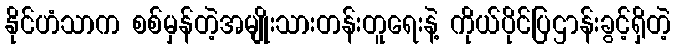
နိုင်ဟံသာက စစ်မှန်တဲ့အမျိုးသားတန်းတူရေးနဲ့ ကိုယ်ပိုင်ပြဌာန်းခွင့်ရှိတဲ့